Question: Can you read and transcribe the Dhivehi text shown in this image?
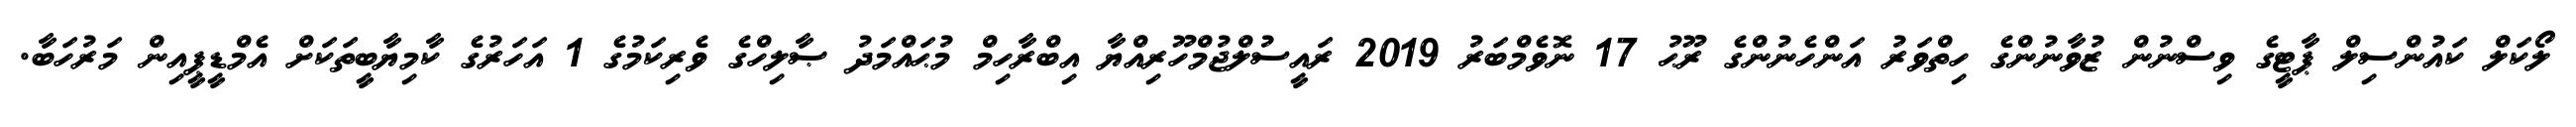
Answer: ލޯކަލް ކައުންސިލް ޕާޓީގެ ވިސްނުން ޒުވާނުންގެ ހިތްވަރު އަންހެނުންގެ ރޫޙު 17 ނޮވެމްބަރު 2019 ރައީސުލްޖުމްހޫރިއްޔާ އިބްރާހިމް މުޙައްމަދު ޞާލިހްގެ ވެރިކަމުގެ 1 އަހަރުގެ ކާމިޔާބީތަކަށް އެމްޑީޕީއިން މަރުހަބާ.